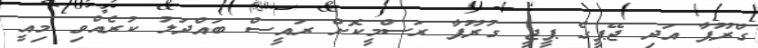
ގްރޫޕާ އަދި ޖޭޕީގެ ޕީޖީ ގުރޫޕާ ރަސްމީކޮށް ރައީސް ބައްދަލު ކުރެއްވި މިއީ